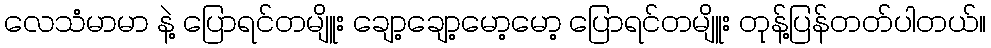
လေသံမာမာ နဲ့ ပြောရင်တမျိူး ချော့ချော့မော့မော့ ပြောရင်တမျိူး တုန့်ပြန်တတ်ပါတယ်။